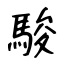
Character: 駿